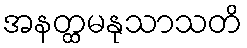
အနတ္ထမနုသာသတိ